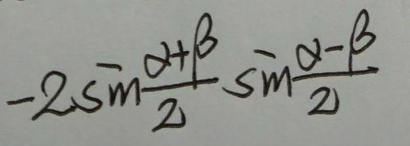
\[-2\sin\frac{\alpha + \beta}{2}\sin\frac{\alpha - \beta}{2}\]